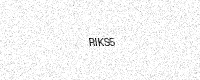
Text: RIKS5